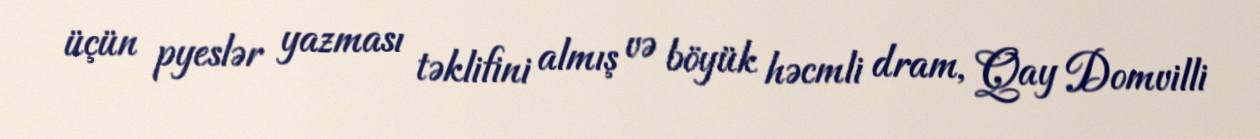
üçün pyeslər yazması təklifini almış və böyük həcmli dram, Qay Domvilli